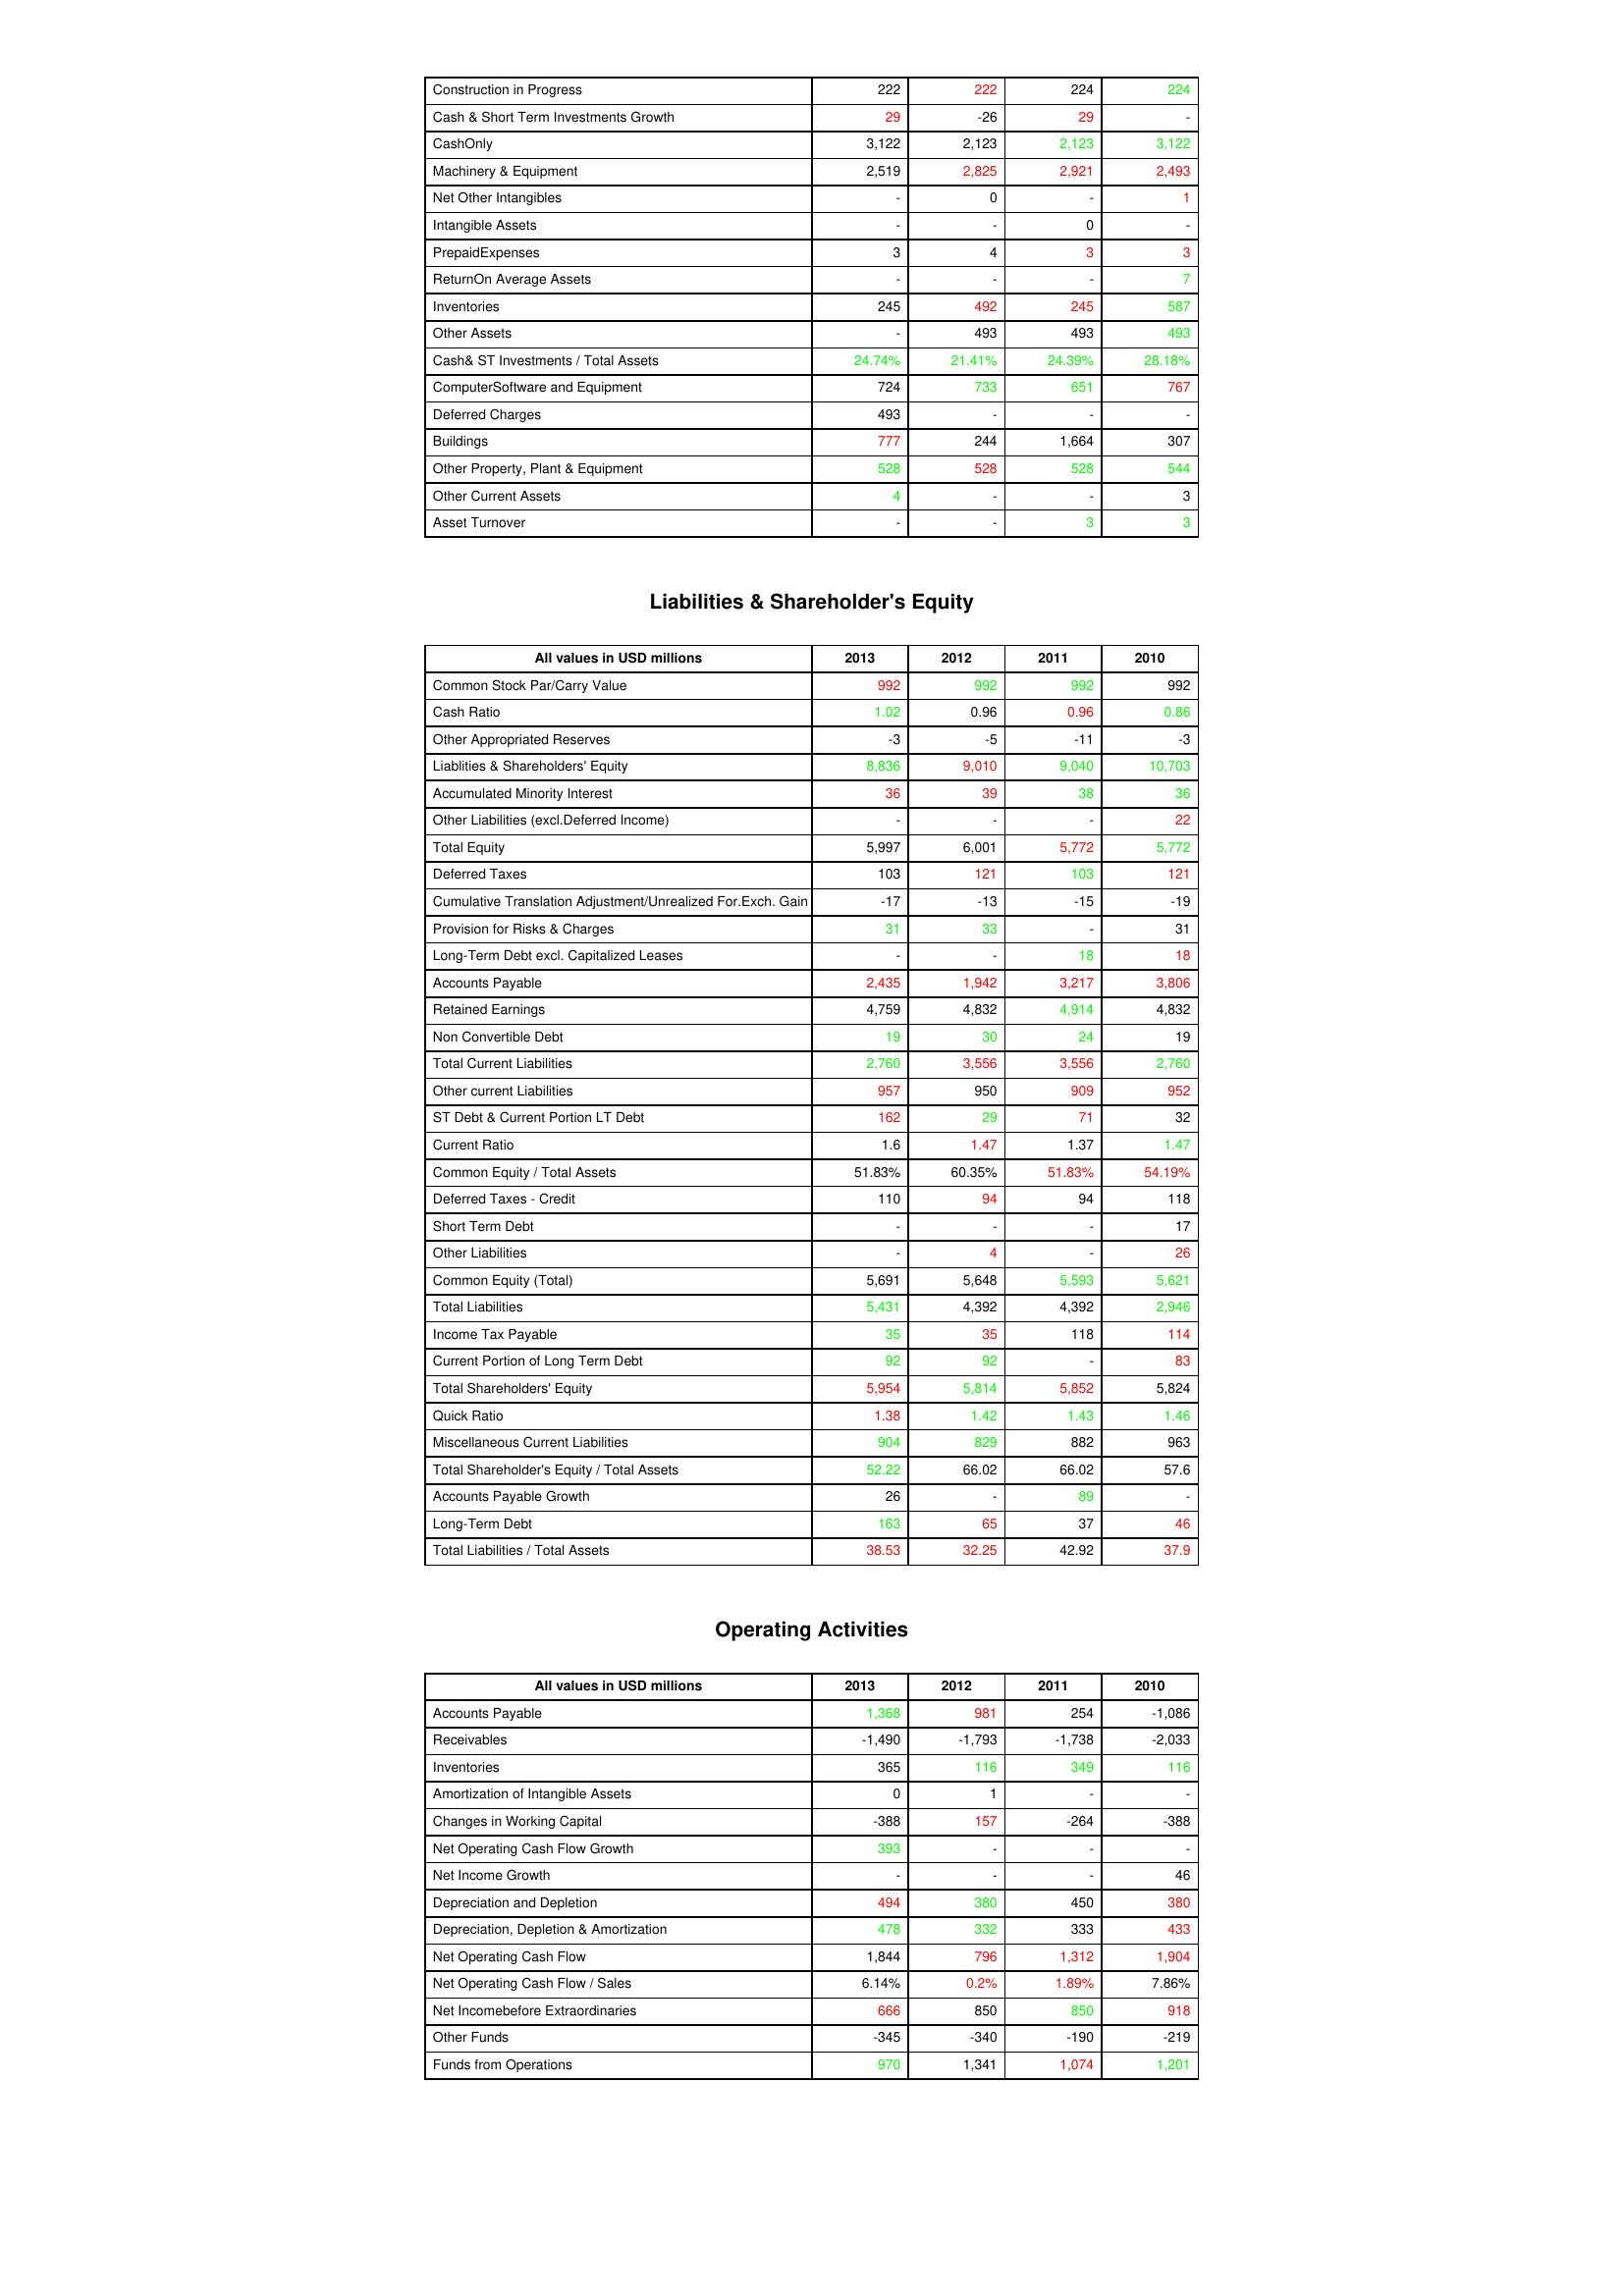
gt_parse: 2013: Assets: Construction in Progress: 222
Cash & Short Term Investments Growth: 29
CashOnly: 3,122
Machinery & Equipment: 2,519
Net Other Intangibles: -
Intangible Assets: -
PrepaidExpenses: 3
ReturnOn Average Assets: -
Inventories: 245
Other Assets: -
Cash& ST Investments / Total Assets: 24.74%
ComputerSoftware and Equipment: 724
Deferred Charges: 493
Buildings: 777
Other Property, Plant & Equipment: 528
Other Current Assets: 4
Asset Turnover: -
Liabilities & Shareholder's Equity: Common Stock Par/Carry Value: 992
Cash Ratio: 1.02
Other Appropriated Reserves: -3
Liablities & Shareholders' Equity: 8,836
Accumulated Minority Interest: 36
Other Liabilities (excl.Deferred Income): -
Total Equity: 5,997
Deferred Taxes: 103
Cumulative Translation Adjustment/Unrealized For.Exch. Gain: -17
Provision for Risks & Charges: 31
Long-Term Debt excl. Capitalized Leases: -
Accounts Payable: 2,435
Retained Earnings: 4,759
Non Convertible Debt: 19
Total Current Liabilities: 2,760
Other current Liabilities: 957
ST Debt & Current Portion LT Debt: 162
Current Ratio: 1.6
Common Equity / Total Assets: 51.83%
Deferred Taxes - Credit: 110
Short Term Debt: -
Other Liabilities: -
Common Equity (Total): 5,691
Total Liabilities: 5,431
Income Tax Payable: 35
Current Portion of Long Term Debt: 92
Total Shareholders' Equity: 5,954
Quick Ratio: 1.38
Miscellaneous Current Liabilities: 904
Total Shareholder's Equity / Total Assets: 52.22
Accounts Payable Growth: 26
Long-Term Debt: 163
Total Liabilities / Total Assets: 38.53
Operating Activities: Accounts Payable: 1,368
Receivables: -1,490
Inventories: 365
Amortization of Intangible Assets: 0
Changes in Working Capital: -388
Net Operating Cash Flow Growth: 393
Net Income Growth: -
Depreciation and Depletion: 494
Depreciation, Depletion & Amortization: 478
Net Operating Cash Flow: 1,844
Net Operating Cash Flow / Sales: 6.14%
Net Incomebefore Extraordinaries: 666
Other Funds: -345
Funds from Operations: 970
2012: Assets: Construction in Progress: 222
Cash & Short Term Investments Growth: -26
CashOnly: 2,123
Machinery & Equipment: 2,825
Net Other Intangibles: 0
Intangible Assets: -
PrepaidExpenses: 4
ReturnOn Average Assets: -
Inventories: 492
Other Assets: 493
Cash& ST Investments / Total Assets: 21.41%
ComputerSoftware and Equipment: 733
Deferred Charges: -
Buildings: 244
Other Property, Plant & Equipment: 528
Other Current Assets: -
Asset Turnover: -
Liabilities & Shareholder's Equity: Common Stock Par/Carry Value: 992
Cash Ratio: 0.96
Other Appropriated Reserves: -5
Liablities & Shareholders' Equity: 9,010
Accumulated Minority Interest: 39
Other Liabilities (excl.Deferred Income): -
Total Equity: 6,001
Deferred Taxes: 121
Cumulative Translation Adjustment/Unrealized For.Exch. Gain: -13
Provision for Risks & Charges: 33
Long-Term Debt excl. Capitalized Leases: -
Accounts Payable: 1,942
Retained Earnings: 4,832
Non Convertible Debt: 30
Total Current Liabilities: 3,556
Other current Liabilities: 950
ST Debt & Current Portion LT Debt: 29
Current Ratio: 1.47
Common Equity / Total Assets: 60.35%
Deferred Taxes - Credit: 94
Short Term Debt: -
Other Liabilities: 4
Common Equity (Total): 5,648
Total Liabilities: 4,392
Income Tax Payable: 35
Current Portion of Long Term Debt: 92
Total Shareholders' Equity: 5,814
Quick Ratio: 1.42
Miscellaneous Current Liabilities: 829
Total Shareholder's Equity / Total Assets: 66.02
Accounts Payable Growth: -
Long-Term Debt: 65
Total Liabilities / Total Assets: 32.25
Operating Activities: Accounts Payable: 981
Receivables: -1,793
Inventories: 116
Amortization of Intangible Assets: 1
Changes in Working Capital: 157
Net Operating Cash Flow Growth: -
Net Income Growth: -
Depreciation and Depletion: 380
Depreciation, Depletion & Amortization: 332
Net Operating Cash Flow: 796
Net Operating Cash Flow / Sales: 0.2%
Net Incomebefore Extraordinaries: 850
Other Funds: -340
Funds from Operations: 1,341
2011: Assets: Construction in Progress: 224
Cash & Short Term Investments Growth: 29
CashOnly: 2,123
Machinery & Equipment: 2,921
Net Other Intangibles: -
Intangible Assets: 0
PrepaidExpenses: 3
ReturnOn Average Assets: -
Inventories: 245
Other Assets: 493
Cash& ST Investments / Total Assets: 24.39%
ComputerSoftware and Equipment: 651
Deferred Charges: -
Buildings: 1,664
Other Property, Plant & Equipment: 528
Other Current Assets: -
Asset Turnover: 3
Liabilities & Shareholder's Equity: Common Stock Par/Carry Value: 992
Cash Ratio: 0.96
Other Appropriated Reserves: -11
Liablities & Shareholders' Equity: 9,040
Accumulated Minority Interest: 38
Other Liabilities (excl.Deferred Income): -
Total Equity: 5,772
Deferred Taxes: 103
Cumulative Translation Adjustment/Unrealized For.Exch. Gain: -15
Provision for Risks & Charges: -
Long-Term Debt excl. Capitalized Leases: 18
Accounts Payable: 3,217
Retained Earnings: 4,914
Non Convertible Debt: 24
Total Current Liabilities: 3,556
Other current Liabilities: 909
ST Debt & Current Portion LT Debt: 71
Current Ratio: 1.37
Common Equity / Total Assets: 51.83%
Deferred Taxes - Credit: 94
Short Term Debt: -
Other Liabilities: -
Common Equity (Total): 5,593
Total Liabilities: 4,392
Income Tax Payable: 118
Current Portion of Long Term Debt: -
Total Shareholders' Equity: 5,852
Quick Ratio: 1.43
Miscellaneous Current Liabilities: 882
Total Shareholder's Equity / Total Assets: 66.02
Accounts Payable Growth: 89
Long-Term Debt: 37
Total Liabilities / Total Assets: 42.92
Operating Activities: Accounts Payable: 254
Receivables: -1,738
Inventories: 349
Amortization of Intangible Assets: -
Changes in Working Capital: -264
Net Operating Cash Flow Growth: -
Net Income Growth: -
Depreciation and Depletion: 450
Depreciation, Depletion & Amortization: 333
Net Operating Cash Flow: 1,312
Net Operating Cash Flow / Sales: 1.89%
Net Incomebefore Extraordinaries: 850
Other Funds: -190
Funds from Operations: 1,074
2010: Assets: Construction in Progress: 224
Cash & Short Term Investments Growth: -
CashOnly: 3,122
Machinery & Equipment: 2,493
Net Other Intangibles: 1
Intangible Assets: -
PrepaidExpenses: 3
ReturnOn Average Assets: 7
Inventories: 587
Other Assets: 493
Cash& ST Investments / Total Assets: 28.18%
ComputerSoftware and Equipment: 767
Deferred Charges: -
Buildings: 307
Other Property, Plant & Equipment: 544
Other Current Assets: 3
Asset Turnover: 3
Liabilities & Shareholder's Equity: Common Stock Par/Carry Value: 992
Cash Ratio: 0.86
Other Appropriated Reserves: -3
Liablities & Shareholders' Equity: 10,703
Accumulated Minority Interest: 36
Other Liabilities (excl.Deferred Income): 22
Total Equity: 5,772
Deferred Taxes: 121
Cumulative Translation Adjustment/Unrealized For.Exch. Gain: -19
Provision for Risks & Charges: 31
Long-Term Debt excl. Capitalized Leases: 18
Accounts Payable: 3,806
Retained Earnings: 4,832
Non Convertible Debt: 19
Total Current Liabilities: 2,760
Other current Liabilities: 952
ST Debt & Current Portion LT Debt: 32
Current Ratio: 1.47
Common Equity / Total Assets: 54.19%
Deferred Taxes - Credit: 118
Short Term Debt: 17
Other Liabilities: 26
Common Equity (Total): 5,621
Total Liabilities: 2,946
Income Tax Payable: 114
Current Portion of Long Term Debt: 83
Total Shareholders' Equity: 5,824
Quick Ratio: 1.46
Miscellaneous Current Liabilities: 963
Total Shareholder's Equity / Total Assets: 57.6
Accounts Payable Growth: -
Long-Term Debt: 46
Total Liabilities / Total Assets: 37.9
Operating Activities: Accounts Payable: -1,086
Receivables: -2,033
Inventories: 116
Amortization of Intangible Assets: -
Changes in Working Capital: -388
Net Operating Cash Flow Growth: -
Net Income Growth: 46
Depreciation and Depletion: 380
Depreciation, Depletion & Amortization: 433
Net Operating Cash Flow: 1,904
Net Operating Cash Flow / Sales: 7.86%
Net Incomebefore Extraordinaries: 918
Other Funds: -219
Funds from Operations: 1,201